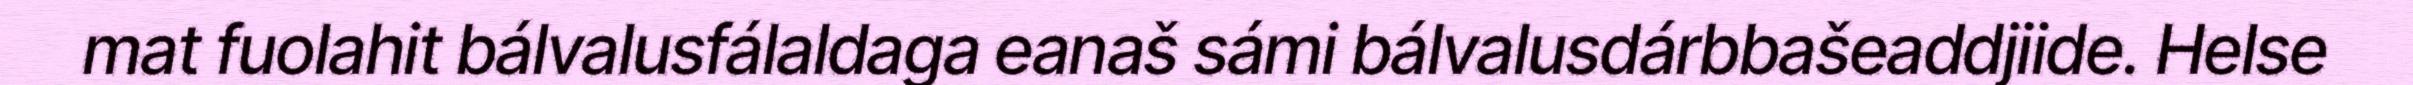
mat fuolahit bálvalusfálaldaga eanaš sámi bálvalusdárbbašeaddjiide. Helse